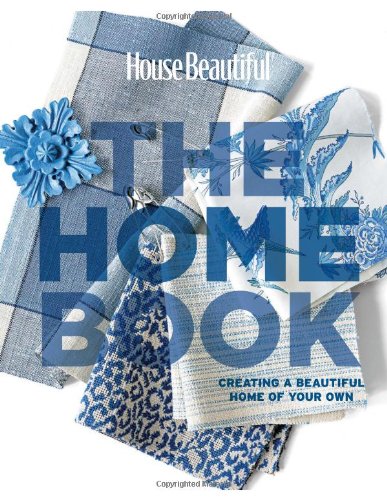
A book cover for House Beautiful The Home Book: Creating a Beautiful Home of Your Own (House Beautiful Series); Carol Spier; Arts & Photography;